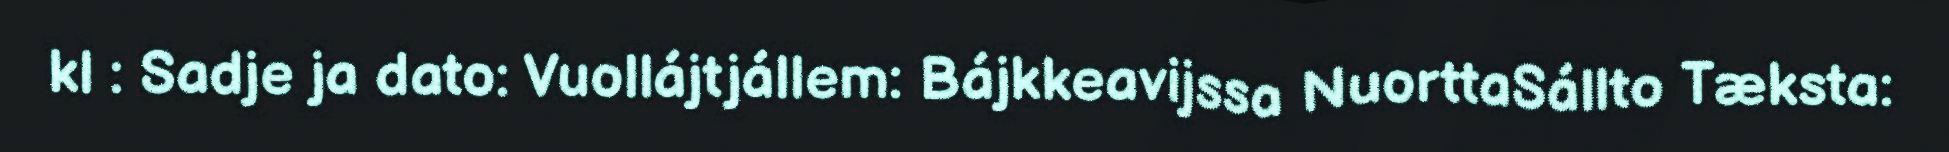
kl : Sadje ja dato: Vuollájtjállem: Bájkkeavijssa NuorttaSállto Tæksta: